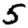
Digit: 5